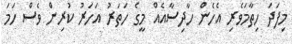
މިފަދަ ހިތާމަވެރި އެހެން ހާދިސާއެއް މީގެ ހަތަރު އަހަރު ކުރިން ވެސް ހަމަ